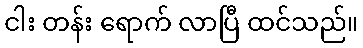
ငါး တန်း ရောက် လာပြီ ထင်သည်။